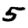
Digit: 5